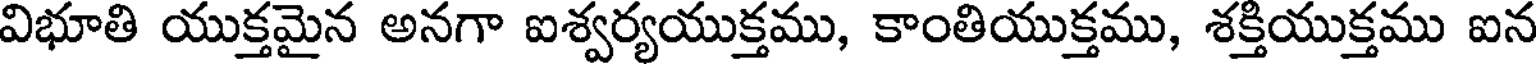
విభూతి యుక్తమైన అనగా ఐశ్వర్యయుక్తము, కాంతియుక్తము, శక్తియుక్తము ఐన